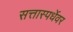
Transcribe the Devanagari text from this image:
सत्तास्पर्धेवर